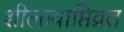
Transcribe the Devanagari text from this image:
शीलावाप्तिव्रत